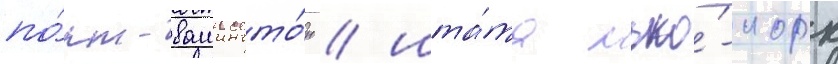
по́рт-вашингто́н / шта́та нью́-иорк